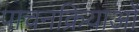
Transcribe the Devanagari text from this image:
पाचनक्रियाओं